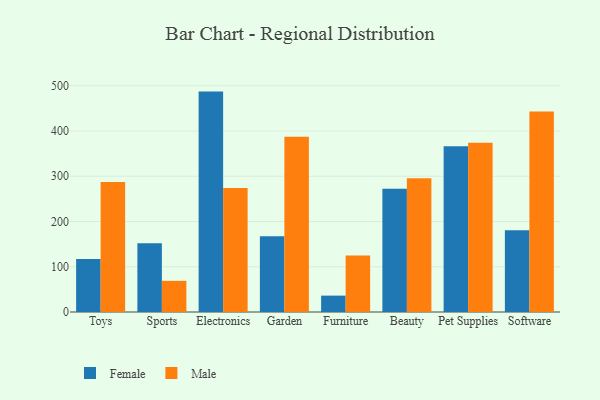
{"axis": {"x": "Category", "y": "LTV (USD)"}, "legend": ["Female", "Male"], "data": [{"x": "Toys", "y": 117.0, "type": "Female"}, {"x": "Toys", "y": 287.2, "type": "Male"}, {"x": "Sports", "y": 151.7, "type": "Female"}, {"x": "Sports", "y": 68.9, "type": "Male"}, {"x": "Electronics", "y": 487.2, "type": "Female"}, {"x": "Electronics", "y": 274.3, "type": "Male"}, {"x": "Garden", "y": 167.7, "type": "Female"}, {"x": "Garden", "y": 387.2, "type": "Male"}, {"x": "Furniture", "y": 36.2, "type": "Female"}, {"x": "Furniture", "y": 125.1, "type": "Male"}, {"x": "Beauty", "y": 272.6, "type": "Female"}, {"x": "Beauty", "y": 295.6, "type": "Male"}, {"x": "Pet Supplies", "y": 366.2, "type": "Female"}, {"x": "Pet Supplies", "y": 374.2, "type": "Male"}, {"x": "Software", "y": 180.5, "type": "Female"}, {"x": "Software", "y": 443.2, "type": "Male"}]}